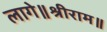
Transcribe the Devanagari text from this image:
लागे॥श्रीराम॥